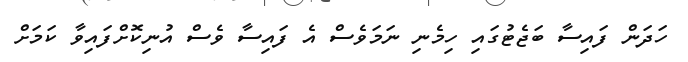
ހަދަން ފައިސާ ބަޖެޓުގައި ހިމެނި ނަމަވެސް އެ ފައިސާ ވެސް އުނިކޮށްފައިވާ ކަމަށް